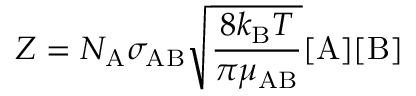
Z = N _ { \mathrm { A } } \sigma _ { \mathrm { A B } } { \sqrt { \frac { 8 k _ { \mathrm { B } } T } { \pi \mu _ { \mathrm { A B } } } } } [ { \mathrm { A } } ] [ { \mathrm { B } } ]